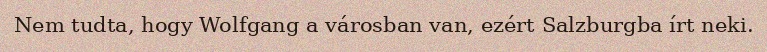
Nem tudta, hogy Wolfgang a városban van, ezért Salzburgba írt neki.